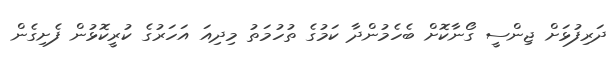
ދަރިފުޅަށް ޖިންސީ ގޯނާކޮށް ބެހެމުންދާ ކަމުގެ ތުހުމަތު މިދިއަ އަހަރުގެ ކުރީކޮޅުން ފެށިގެން